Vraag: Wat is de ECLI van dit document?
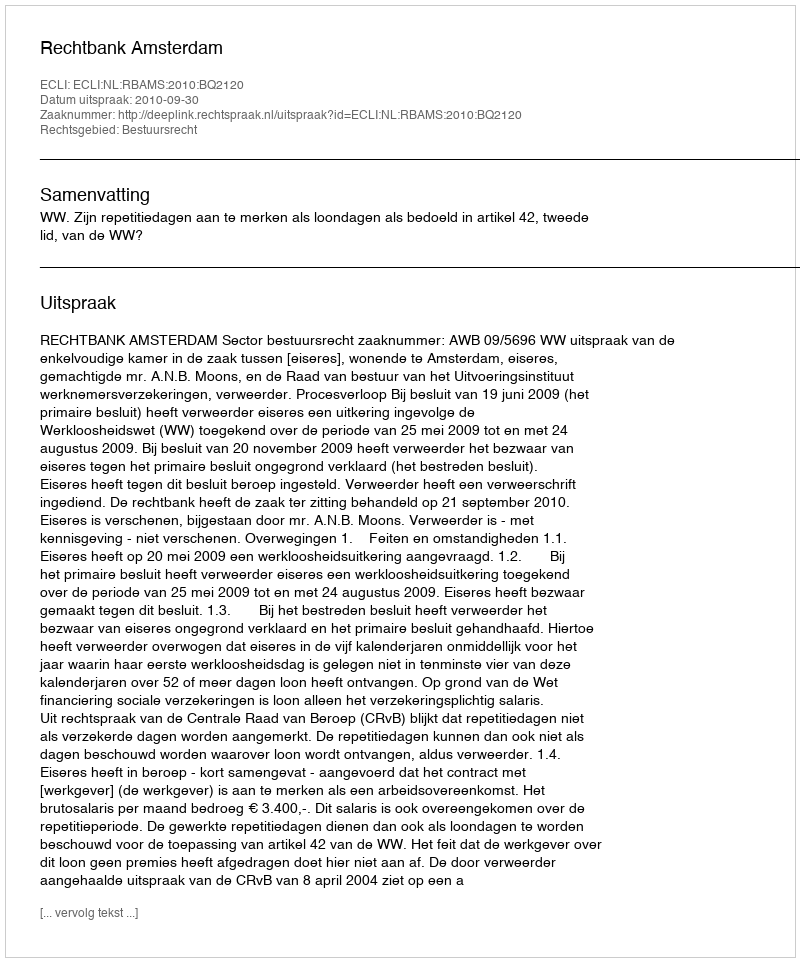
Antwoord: ECLI:NL:RBAMS:2010:BQ2120